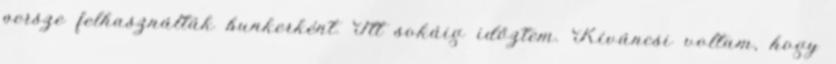
persze felhasználták bunkerként. Itt sokáig időztem. Kíváncsi voltam, hogy